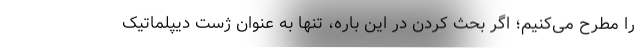
را مطرح می‌کنیم؛ اگر بحث کردن در این باره، تنها به عنوان ژست دیپلماتیک